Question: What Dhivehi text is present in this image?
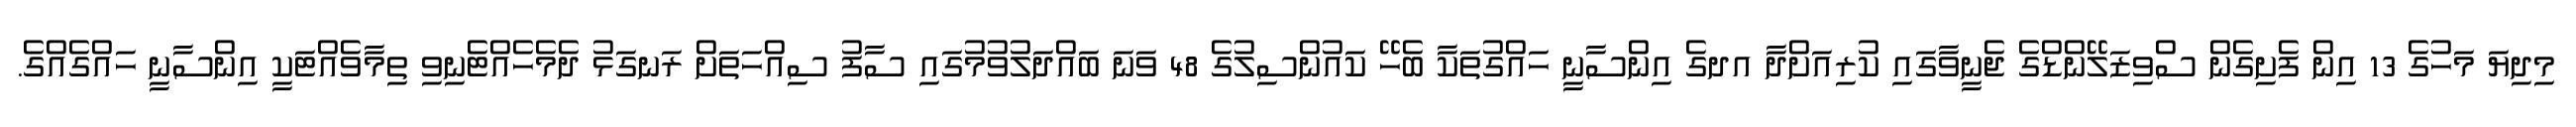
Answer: މިދިޔަ މަހުގެ 13 އިން ފެށިގެން ސްވިޒަލޭންޑްގެ ޖެނީވާގައި ކުރިއަށްދާ އދގެ އިންސާނީ ހައްގުތަކާ ބެހޭ ކައުންސިލުގެ 48 ވަނަ ބައްދަލުވުމުގައި ސާފު ސިއްހަތަށް ރަނގަޅު ދެމެހެއްޓެނިވި ތިމާވެއްޓަކީ އިންސާނީ ހައްގެއްގެ.